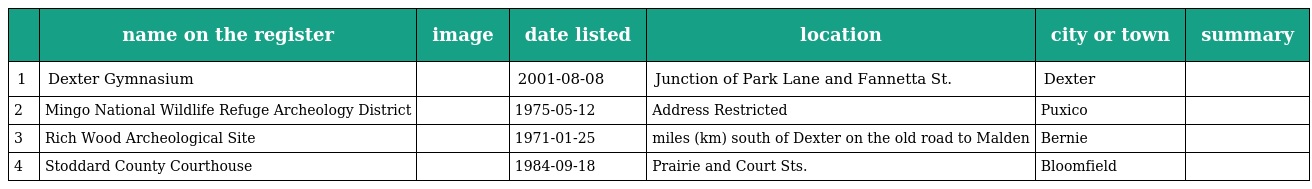
|  | name on the register | image | date listed | location | city or town | summary |
 | --- | --- | --- | --- | --- | --- | --- |
 | 1 | Dexter Gymnasium |  | 2001-08-08 | Junction of Park Lane and Fannetta St. | Dexter |  |
 | 2 | Mingo National Wildlife Refuge Archeology District |  | 1975-05-12 | Address Restricted | Puxico |  |
 | 3 | Rich Wood Archeological Site |  | 1971-01-25 | miles (km) south of Dexter on the old road to Malden | Bernie |  |
 | 4 | Stoddard County Courthouse |  | 1984-09-18 | Prairie and Court Sts. | Bloomfield |  |